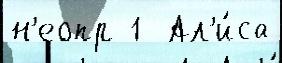
н'еопр 1  Ал'и́са